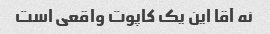
نه آقا این یک کاپوت واقعی است